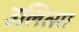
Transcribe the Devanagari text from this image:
उलित्सा